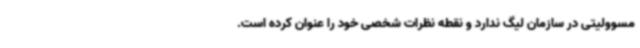
مسوولیتی در سازمان لیگ ندارد و نقطه نظرات شخصی خود را عنوان کرده است.